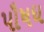
પૌષધ